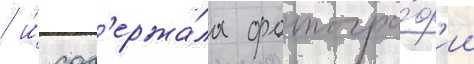
/ и́ сод'ержа́ла фотогра́ф'ии